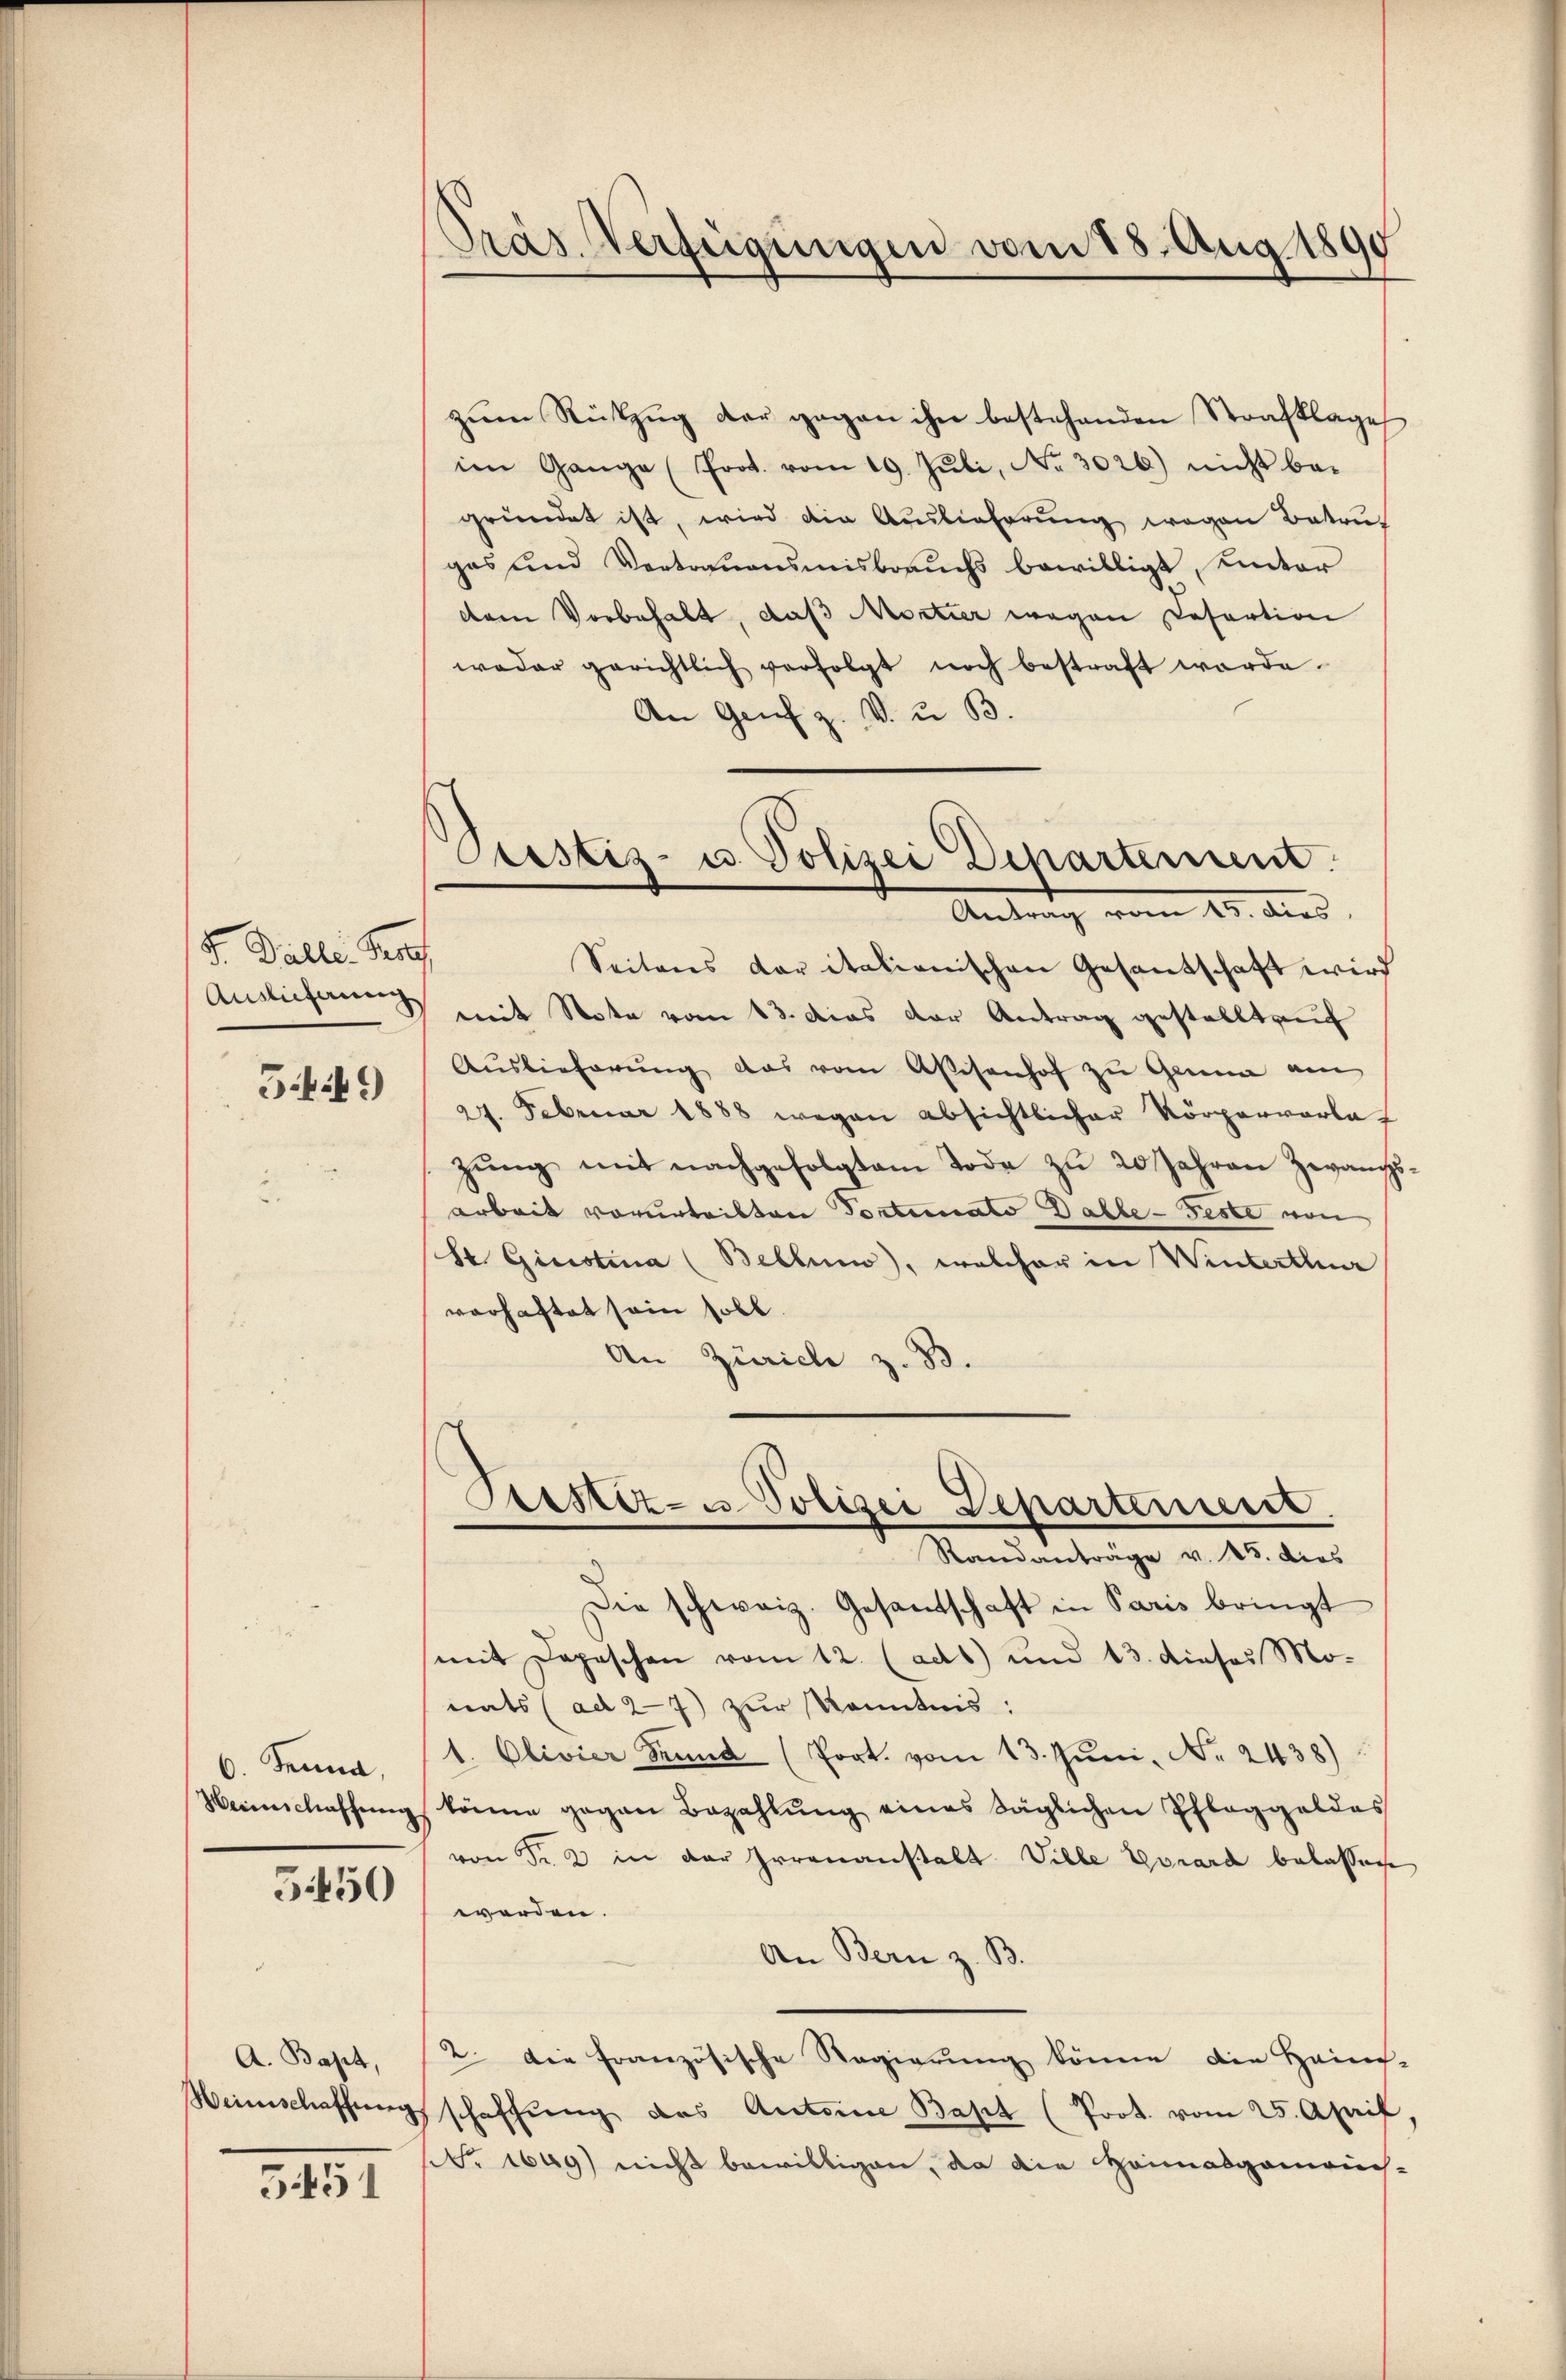
d. Balli. Prof
Auslieferung

5446)

Senne,
Heinschaffung

5450

A. Bapt,
Weinschaffung

5451

Präs. Verfügungen vom 18. Aug. 1890

Pustiz- u. Polizei Departement
Antrag vom 23. dies

zŭm Rückzŭg der gegen ihn bestehenden Strafklage
im Gange (Prot. vom 19. Jŭli, No 3026) nicht bei
gründet ist, wird die Auslieferung wegen Betru-
gas und Vertrauensmisbrauchs bewilligt, unter
dem Vorbehalt, daß Martier wegen Refertion
weder gerichtlich verfolgt noch bestraft werde.
An Genf z. V. u. B.
Seitens der italienischen Gesantschaft wird
mit Note vom 13. das der Antrag gestellt auf
Auslieferŭng das vom Weisenhof zŭ Gamin am
27. Februar 1888 wegen absichtlicher Körperverlaf
zŭng mit nachgefolgtem Tode zu 20 Jahren Zwangs-
arbeit vorurteiltene Portinato Dalbe-Feste von
St. Ginstina (Bellino, welcher in Winterthur
vorhaftet sein soll.
An Zürich z. B.
Fristiz- u. Polizei Departerient
Randanträge v. 15. dies
Die schweiz. Gesandschaft in Paris bringt
mit Depeschen vom 12. (ad1) und 13. dieses Mo-
nats (ad 27) zur Kenntnis:
1. Clivier Grund (Port. vom 13. Jŭni Nr. 2438)
könne gegen Bezahlŭng eines täglichen Pfleggeldes
von Fr. 2 in der Irrenanstalt Ville Vorard belassen
werden.
An Bern z. B.
2. Die französische Regierung könne die Hein-
schaffung des Antoine Bapt (Prot. vom 25. April
t. 1649) nicht bewilligen, da die Heimalgamonc-